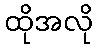
ထိုအလို